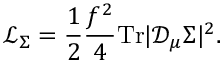
\mathcal { L } _ { \Sigma } = \frac { 1 } { 2 } \frac { f ^ { 2 } } { 4 } \mathrm { T r } | \mathcal { D } _ { \mu } \Sigma | ^ { 2 } .